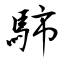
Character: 馷